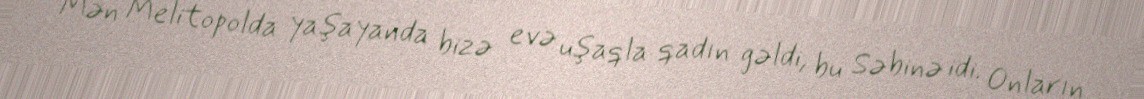
Mən Melitopolda yaşayanda bizə evə uşaqla qadın gəldi, bu Səbinə idi. Onların